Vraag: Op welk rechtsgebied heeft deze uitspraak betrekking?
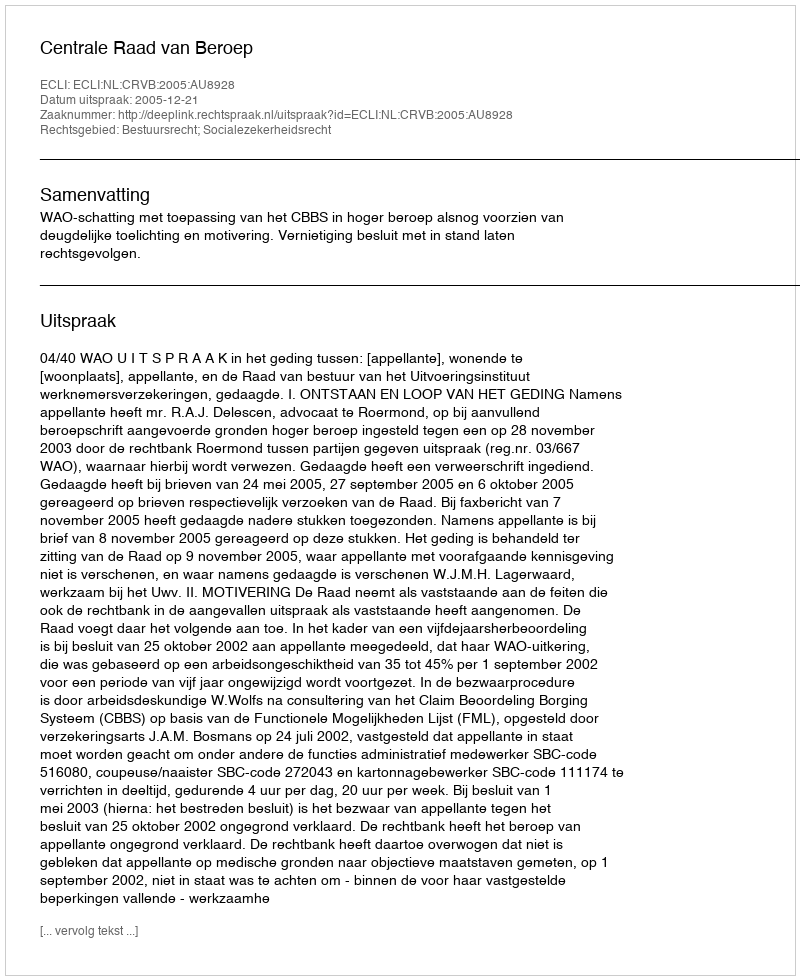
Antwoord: Bestuursrecht; Socialezekerheidsrecht